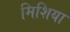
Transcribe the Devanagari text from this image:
मिशिया